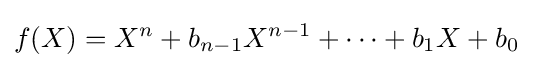
f(X)=X^{n}+b_{n-1}X^{n-1}+\cdots +b_{1}X+b_{0}